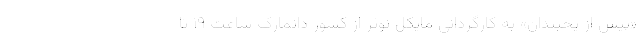
«پیش از یخبندان» به کارگردانی مایکل نوئر از کشور دانمارک ساعت ۱۹ تا